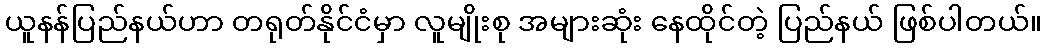
ယူနန်ပြည်နယ်ဟာ တရုတ်နိုင်ငံမှာ လူမျိုးစု အများဆုံး နေထိုင်တဲ့ ပြည်နယ် ဖြစ်ပါတယ်။